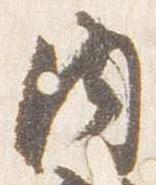
内